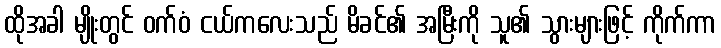
ထိုအခါ မျိုးတွင် ဝက်ဝံ ငယ်ကလေးသည် မိခင်၏ အမြီးကို သူ၏ သွားများဖြင့် ကိုက်ကာ